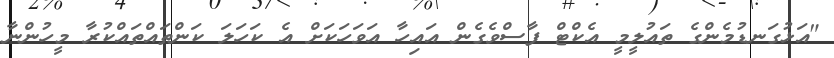
"އަޅުގަނޑުމެންގެ ތައުލީމީ އެކްޓް ފާސްވެގެން އައިހާ އަވަހަކަށް އެ ކަހަލަ ކަންތައްތައްކުރާ މީހުންނާ